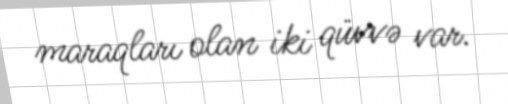
maraqları olan iki qüvvə var.